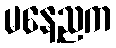
မနေ့ညက